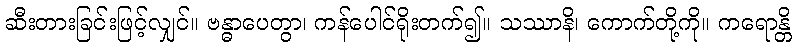
ဆီးတားခြင်းဖြင့်လျှင်။ ဗန္ဓာပေတွာ၊ ကန်ပေါင်ရိုးတက်၍။ သဿာနိ၊ ကောက်တို့ကို။ ကရောန္တိ